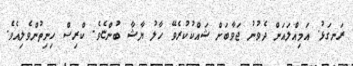
ރަނގަޅު. އަމިއްލައަށް ދެވުނު ޖަވާބަށް ޝައްކުކުރެވޭ ހާލު ޔާޝާ ބުންޏެވެ. ކްރިސް ހިނިތުންވެލިއެވެ.